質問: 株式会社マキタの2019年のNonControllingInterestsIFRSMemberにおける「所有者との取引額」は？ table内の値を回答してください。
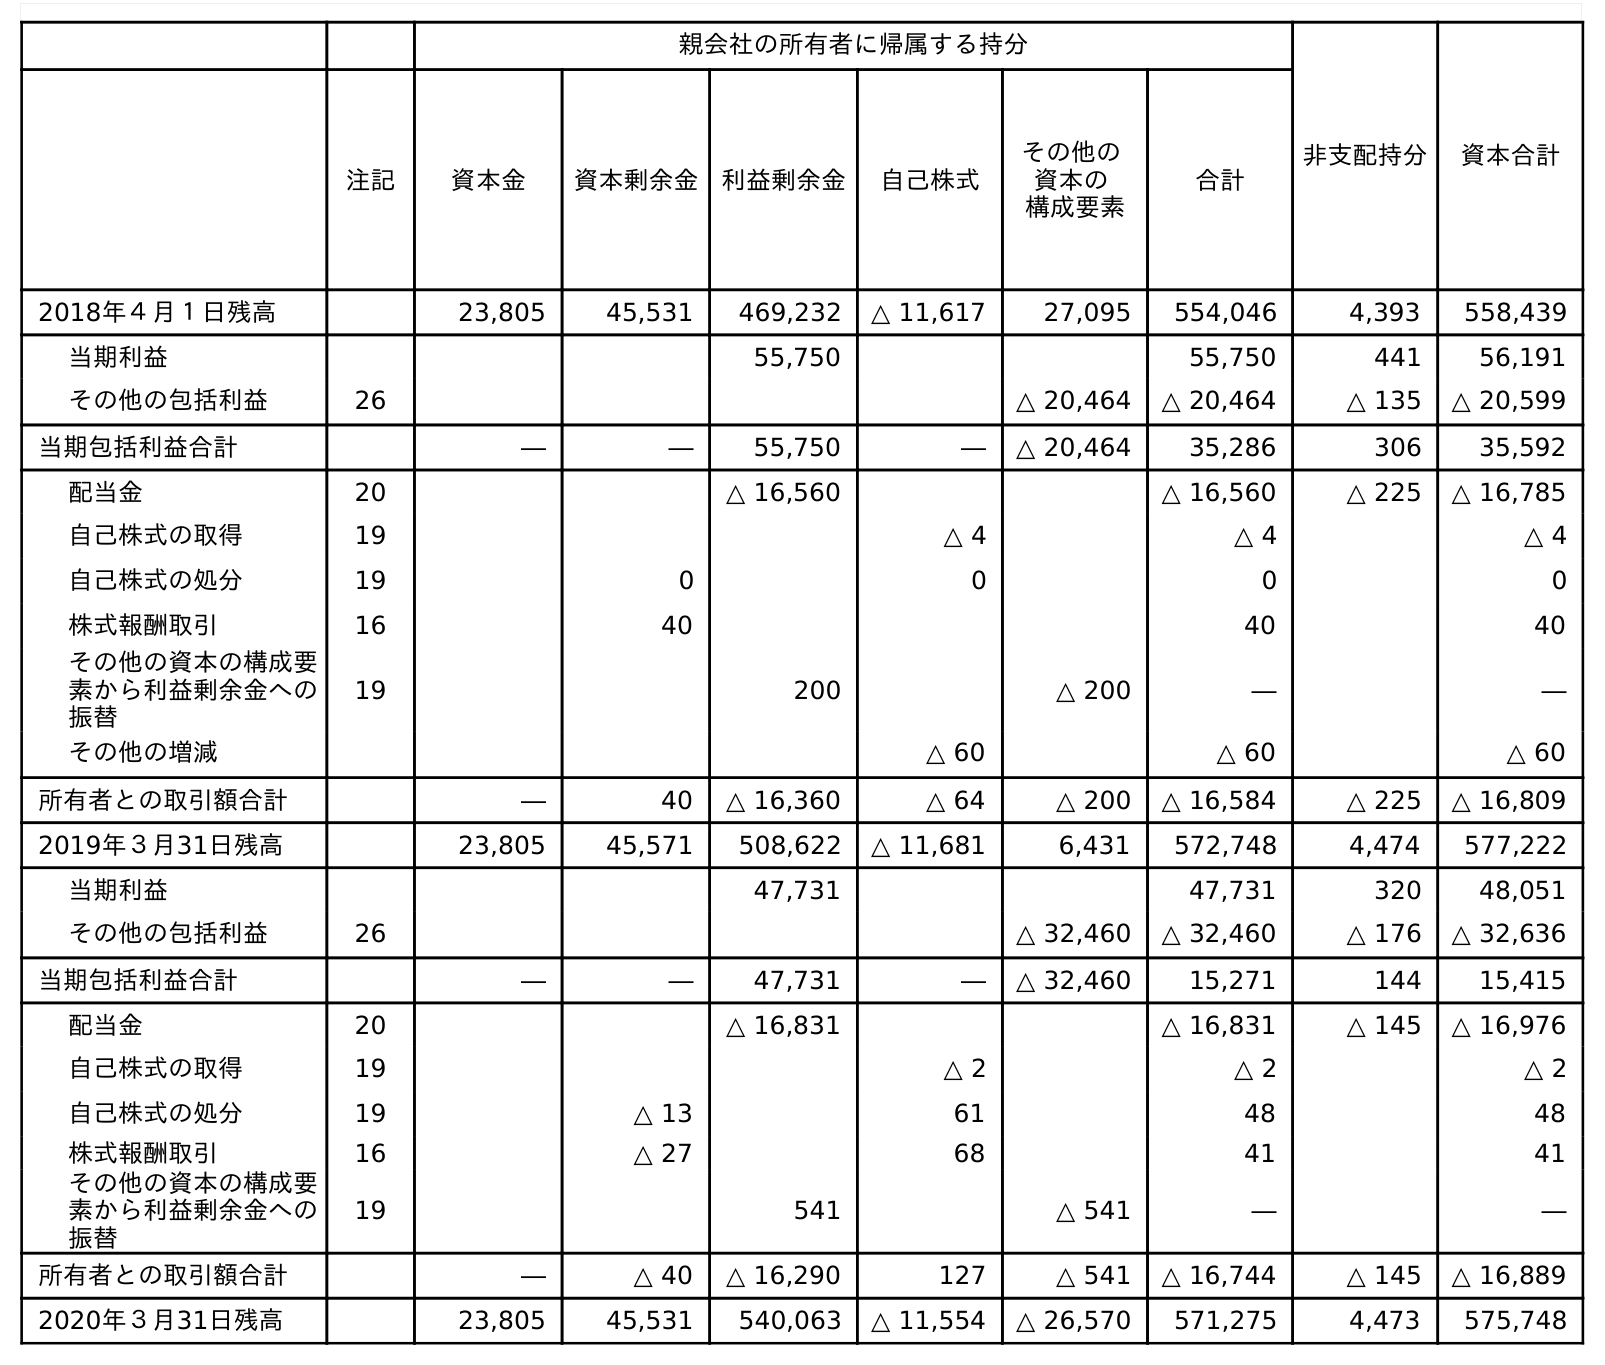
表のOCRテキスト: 親会社の所有者に帰属する持分 非支配持分 資本合計 注記 資本金 資本剰余金 利益剰余金 自己株式 その他の 資本の 構成要素 合計 2018年４月１日残高 23,805 45,531 469,232 △ 11,617 27,095 554,046 4,393 558,439 当期利益 55,750 55,750 441 56,191 その他の包括利益 26 △ 20,464 △ 20,464 △ 135 △ 20,599 当期包括利益合計 ― ― 55,750 ― △ 20,464 35,286 306 35,592 配当金 20 △ 16,560 △ 16,560 △ 225 △ 16,785 自己株式の取得 19 △ 4 △ 4 △ 4 自己株式の処分 19 0 0 0 0 株式報酬取引 16 40 40 40 その他の資本の構成要 素から利益剰余金への 振替 19 200 △ 200 ― ― その他の増減 △ 60 △ 60 △ 60 所有者との取引額合計 ― 40 △ 16,360 △ 64 △ 200 △ 16,584 △ 225 △ 16,809 2019年３月31日残高 23,805 45,571 508,622 △ 11,681 6,431 572,748 4,474 577,222 当期利益 47,731 47,731 320 48,051 その他の包括利益 26 △ 32,460 △ 32,460 △ 176 △ 32,636 当期包括利益合計 ― ― 47,731 ― △ 32,460 15,271 144 15,415 配当金 20 △ 16,831 △ 16,831 △ 145 △ 16,976 自己株式の取得 19 △ 2 △ 2 △ 2 自己株式の処分 19 △ 13 61 48 48 株式報酬取引 16 △ 27 68 41 41 その他の資本の構成要 素から利益剰余金への 振替 19 541 △ 541 ― ― 所有者との取引額合計 ― △ 40 △ 16,290 127 △ 541 △ 16,744 △ 145 △ 16,889 2020年３月31日残高 23,805 45,531 540,063 △ 11,554 △ 26,570 571,275 4,473 575,748
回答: △225